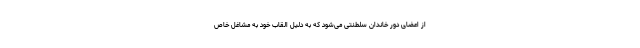
از اعضای دور خاندان سلطنتی می‌شود که به دلیل القاب خود به مشاغل خاص